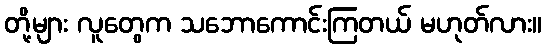
တို့များ လူတွေက သဘောကောင်းကြတယ် မဟုတ်လား။